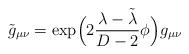
LaTeX: \begin{align*}\tilde{g}_{\mu\nu}=\exp\!\Big(2\frac{\lambda-\tilde{\lambda}}{D-2}\phi\Big)g_{\mu\nu}\end{align*}